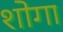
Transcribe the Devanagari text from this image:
शोगा